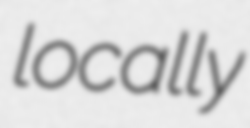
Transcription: locally